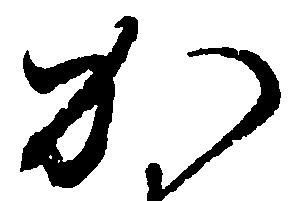
か